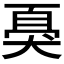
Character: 𱭿